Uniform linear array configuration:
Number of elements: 8
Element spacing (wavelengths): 1
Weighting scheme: hann
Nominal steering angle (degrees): -15
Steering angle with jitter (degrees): -15.678
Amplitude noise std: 0.05
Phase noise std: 0.05

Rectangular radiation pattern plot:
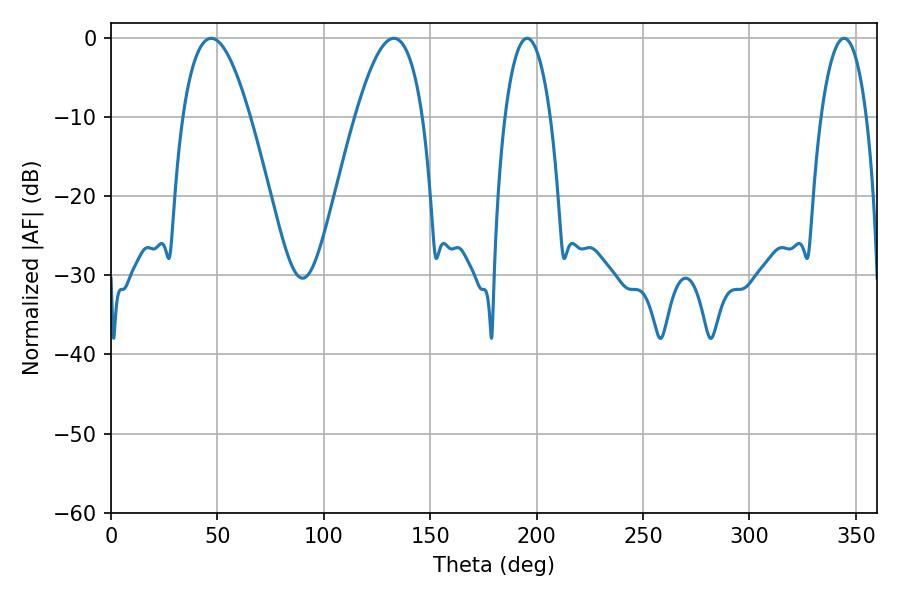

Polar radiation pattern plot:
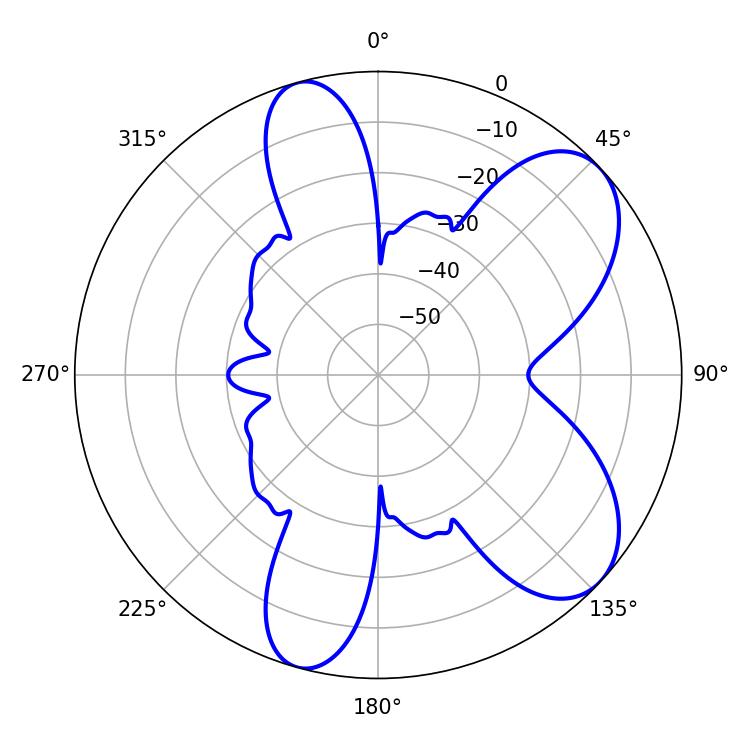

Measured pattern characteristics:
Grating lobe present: TRUE
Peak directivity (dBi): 7.392
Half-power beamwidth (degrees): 12.06
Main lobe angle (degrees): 195.48